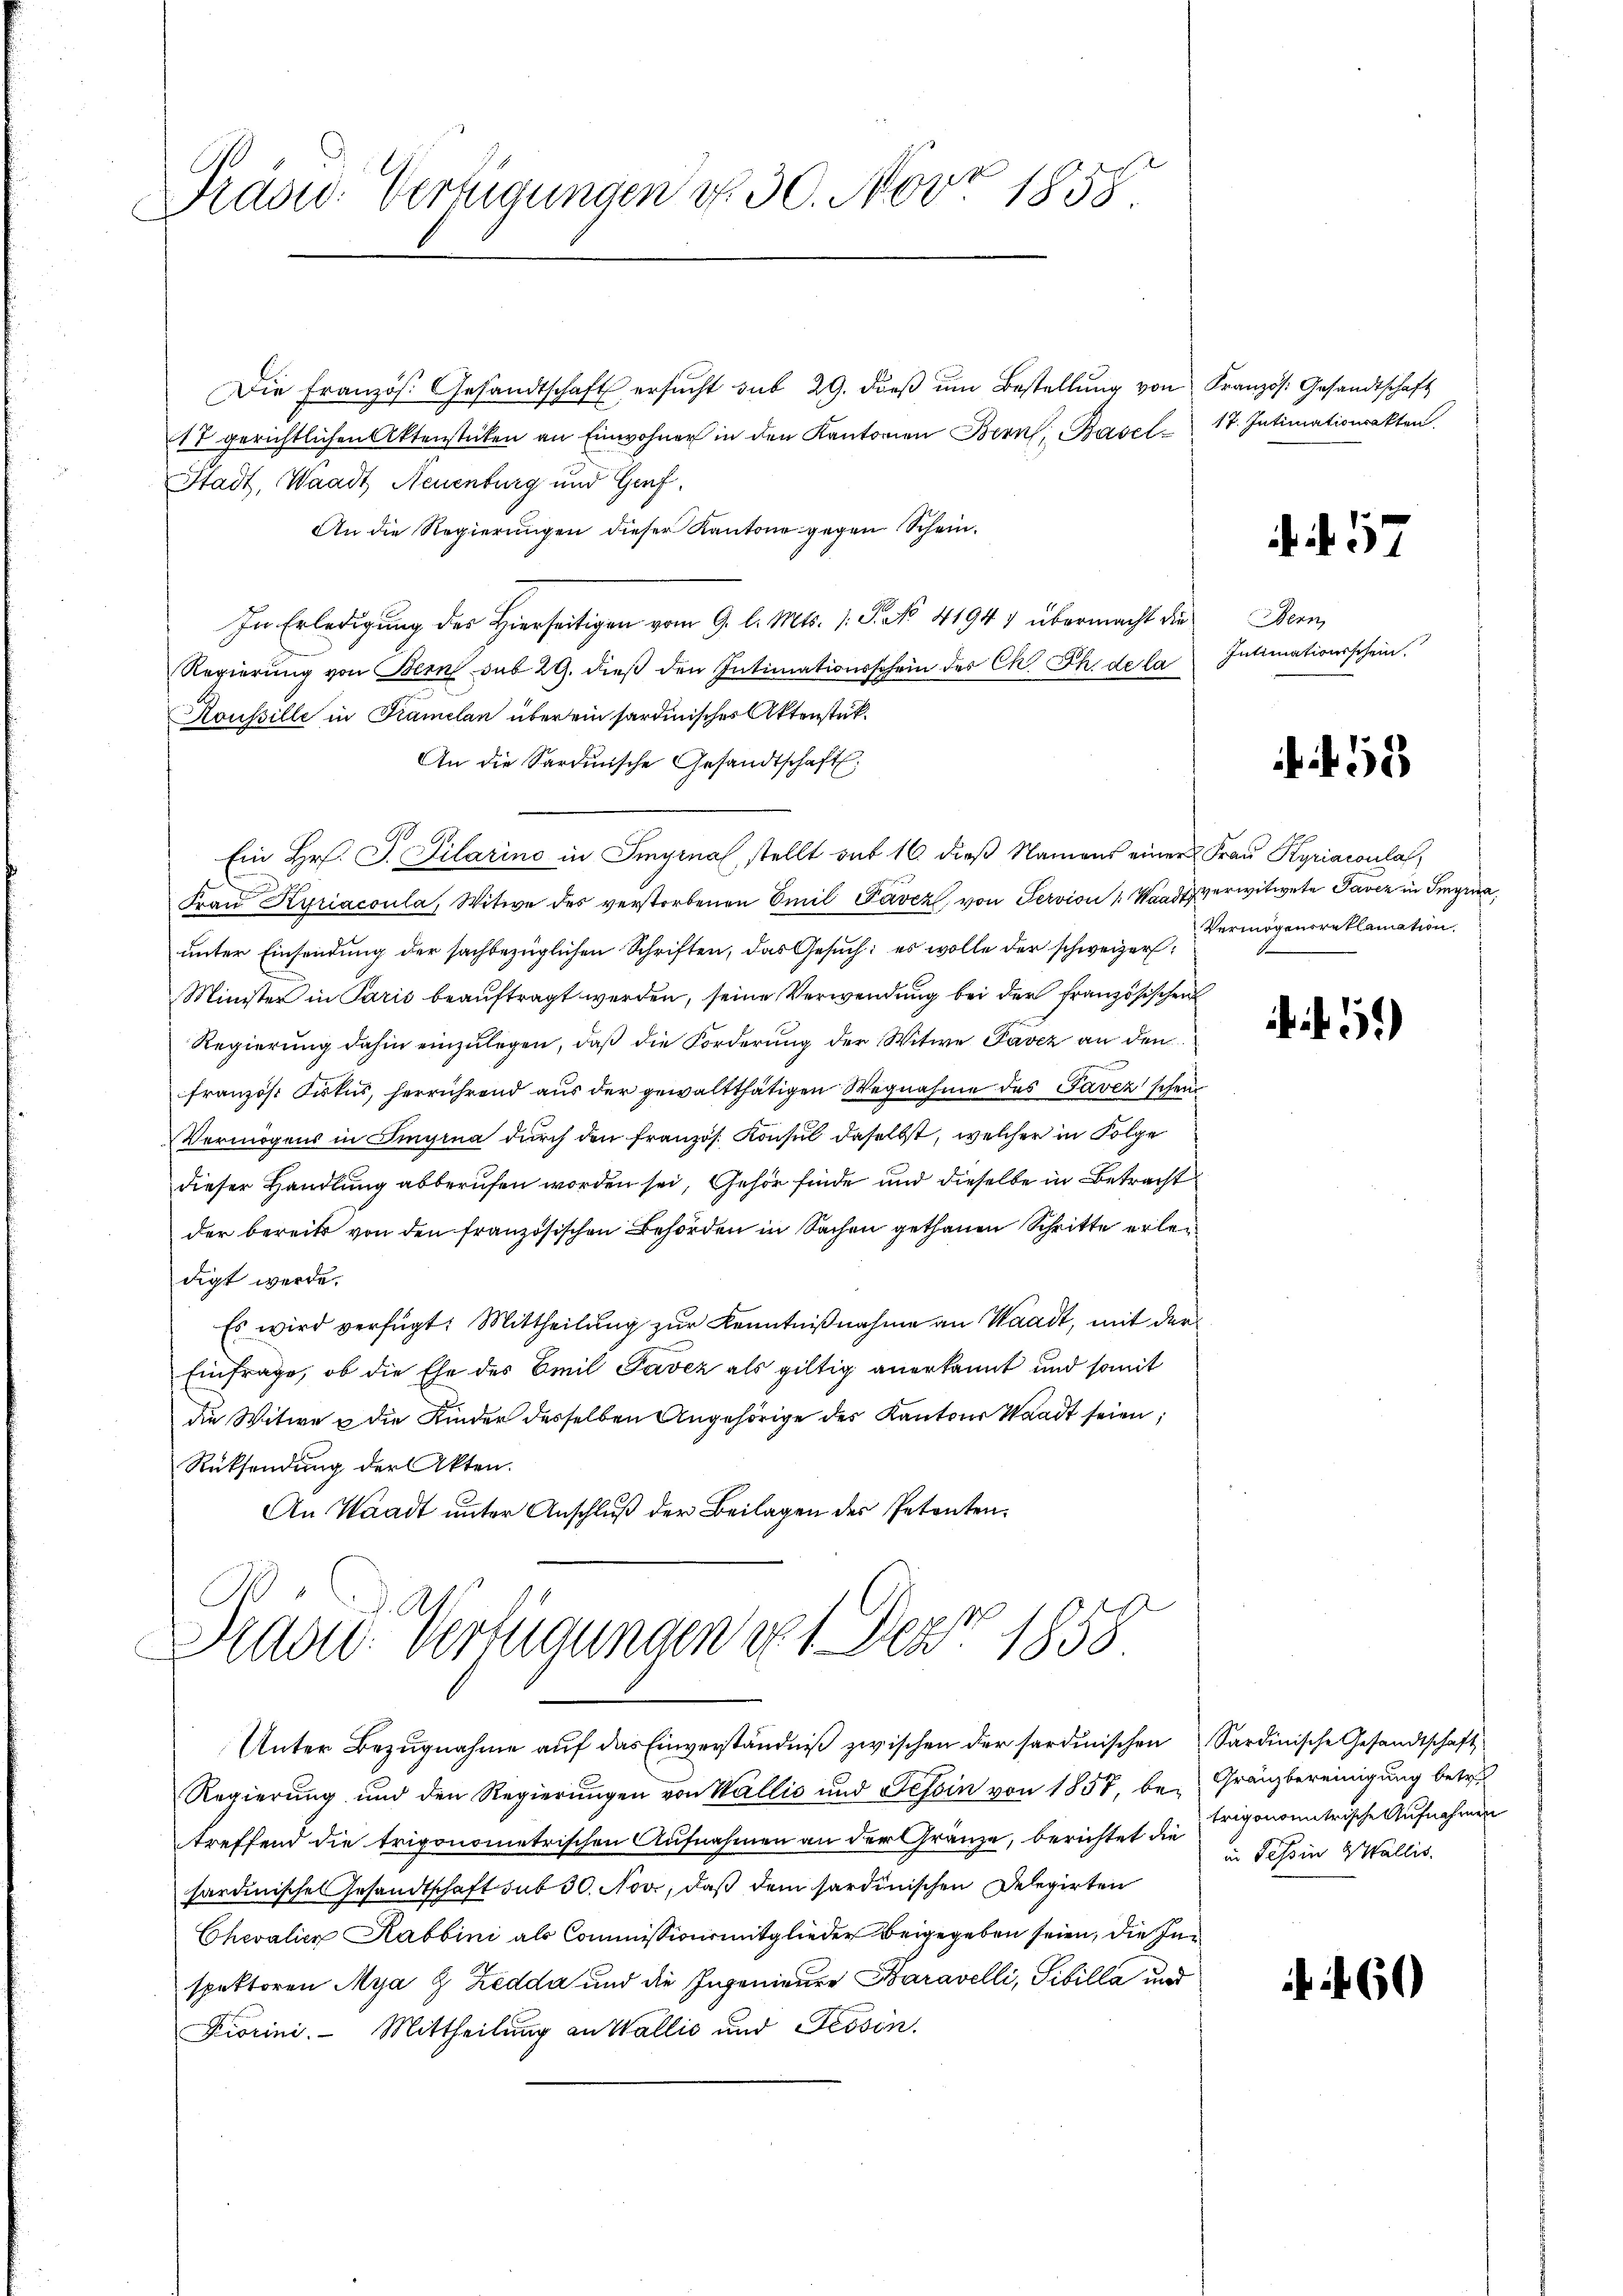
Präsid. Verfügungen d. 30. Nov. 1858.

Die Französ. Gesandtschaft ersŭcht sub 29. dieβ ŭm Bestellŭng von Kranzös. Gesandtschaft
17 gerichtlichen Aktenstücken an Einwohner in den Kantonen Bern, Basel 17. Intimationsakten.
Stadt, Waadt Neuenburg und Genf,
An die Regierungen dieser Kantone gegen Schein.
In Erledigung des Hierseitigen vom 9. l. Mts. 1. P. No 41947 übermacht die
Regierung von Bern sub 29. dieß den Intimationsschein der Ch. Ph. de la
Koussille in Kramelan über ein sardinisches Aktenstük¬
An die Sardinische Gesandtschaft,
Ein Hr. J. Pilarino in Siginal stellt auf 16 dieß Namens einer Frau Kyriaconlas
.
und
Fraŭ Kyriacoula, Witwe des verstorbenen Emil Favez von Servion " Waadt verwitwete Javer in Ingra
unter Einsendung der sachbezüglichen Schriften, das Gesuch: es wolle der schweizer¬
Minister in Paris beaŭftragt werden, seine Verwendung bei der französischen
Regierung dahin einzulegen, daß die Forderung der Witwe Pavez an den
französt Fiskus, herrührend aus der gewaltthätigen Wegnahme des Taver scheut
Vermögens in Singina durch den französ. Konsul daselbst, welcher in Folge
dieser Handlung abberufen worden sei, Gehör finde und dieselbe in Betracht
der bereits von den französischen Behörden in Sachen gethanen Schritte erledigt werde.
Es wird verfügt: Mittheilung zur Kenntnißnahme an Waadt, mit der
Einfrage, ob die Ehe des Emil Javez als gültig anerkannt und somit
die Witwe u die Kinder desselben Angehörige des Kantons Waadt seien;
Rücksendung der Akten.
An Waadt unter Anschluß der Beilagen des Petenten¬

Diad: Verfügungen 1. Dez. 1858
Unter Bezŭgnahme aŭf das Einverständniβ zwischen der sardinischen Sardinische Gesandtschaft

Regierung und den Regierungen von Wallis und Tessin von 1857, be- Gränzbereinigung betr.
treffend die trigonometrischen Aufnahmen an der Gränze, berichtet die Trigonometrische Aufnahmen
hardinische Gesandtschaft sub 30. Nov., daß dem sardinischen Delegirten
Chevalicz Rabbini als Commissionsmitglieder beigegeben seien, die Inspektoren Mya 8 Zedda und die Ingenieuer Baravelli, Sibilla und
Fiorini. Mittheilung an Wallić und Tessin.

Bern
Intimationsschein.

Vermögensreklamation.

in Tessin Wallis.

. f. 57

1)

60